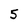
Character: 5